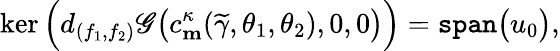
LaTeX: \ker\Big(d_{(f_{1},f_{2})}\mathscr{G}\big(c_{\mathbf{m}}^{\kappa}(\widetilde{\gamma},\theta_{1},\theta_{2}),0,0\big)\Big)=\mathtt{span}\big(u_{0}\big),